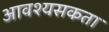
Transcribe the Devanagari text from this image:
आवश्यसकता